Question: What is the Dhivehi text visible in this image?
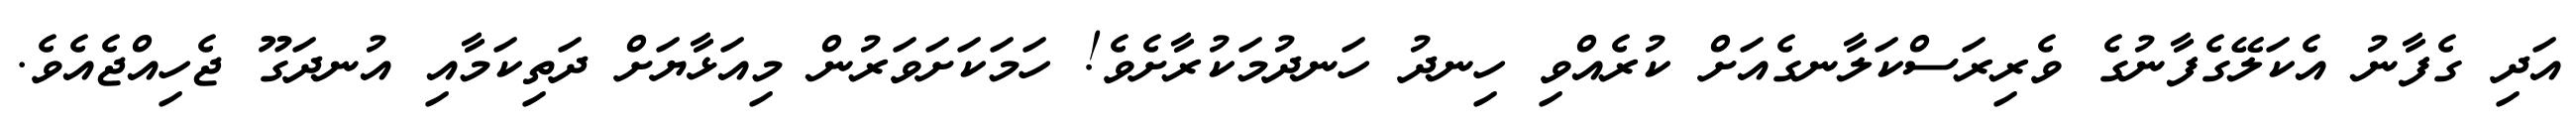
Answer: އަދި ގެފާނު އެކަލޭގެފާނުގެ ވެރިރަސްކަލާނގެއަށް ކުރެއްވި ހިނދު ހަނދުމަކުރާށެވެ! ހަމަކަށަވަރުން މިއަޅާޔަށް ދަތިކަމާއި އުނދަގޫ ޖެހިއްޖެއެވެ.